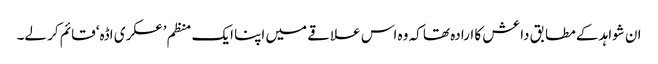
ان شواہد کے مطابق داعش کا ارادہ تھا کہ وہ اس علاقے میں اپنا ایک منظم ’عسکری اڈہ‘ قائم کر لے۔